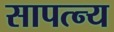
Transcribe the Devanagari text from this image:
सापत्न्य